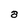
Character: a